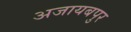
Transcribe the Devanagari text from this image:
अजायबपुर